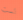
لست